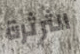
الثرثرة